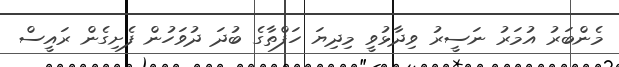
މެންބަރު އުމަރު ނަސީރު ވިދާޅުވީ މިދިޔަ ހަފްތާގެ ބުދަ ދުވަހުން ފެށިގެން ރައީސް